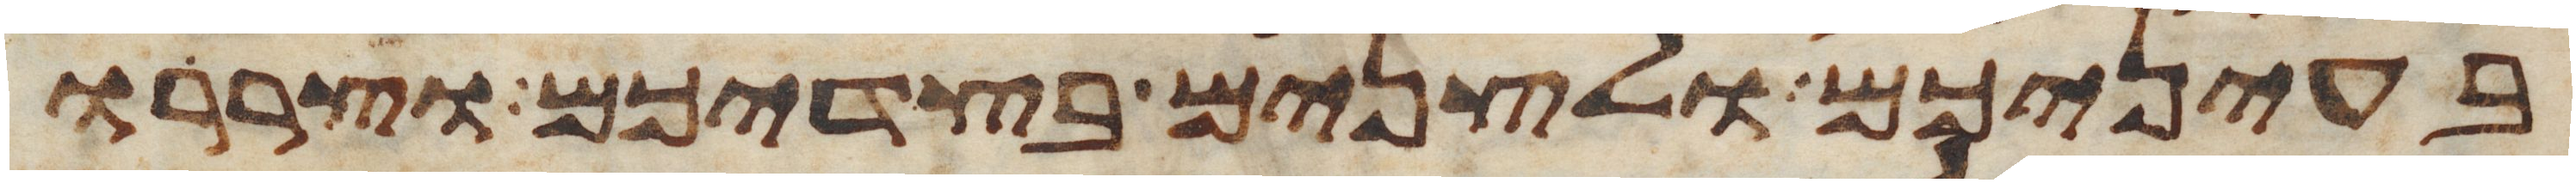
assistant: בעיניכם ולצנים בצדיכם וצררו